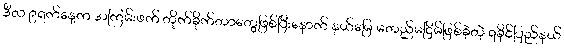
ဒီလ ၉ရက်နေ့က အကြမ်းဖက် တိုက်ခိုက်တာတွေဖြစ်ပြီးနောက် နယ်မြေ မတည်မငြိမ်ဖြစ်ခဲ့တဲ့ ရခိုင်ပြည်နယ်